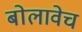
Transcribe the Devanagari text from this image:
बोलावेच